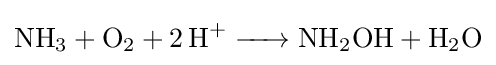
{\ce {NH3 + O2 + 2H+ -> NH2OH + H2O}}